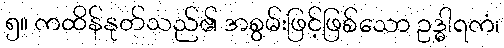
၅။ ကထိန်နုတ်သည်၏ အစွမ်းဖြင့်ဖြစ်သော ဥဒ္ဓါရကံ၊